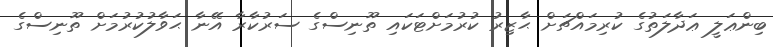
ބިންޢަލީ ޢަދާލަތުގެ ކުރިމައްޗަށް ޙާޒިރު ކުރުމަށްޓަކައި ތޫނިސްގެ ސަރުކާރާ އޭނާ ޙަވާލުކުރުމަށް ތޫނިސްގެ